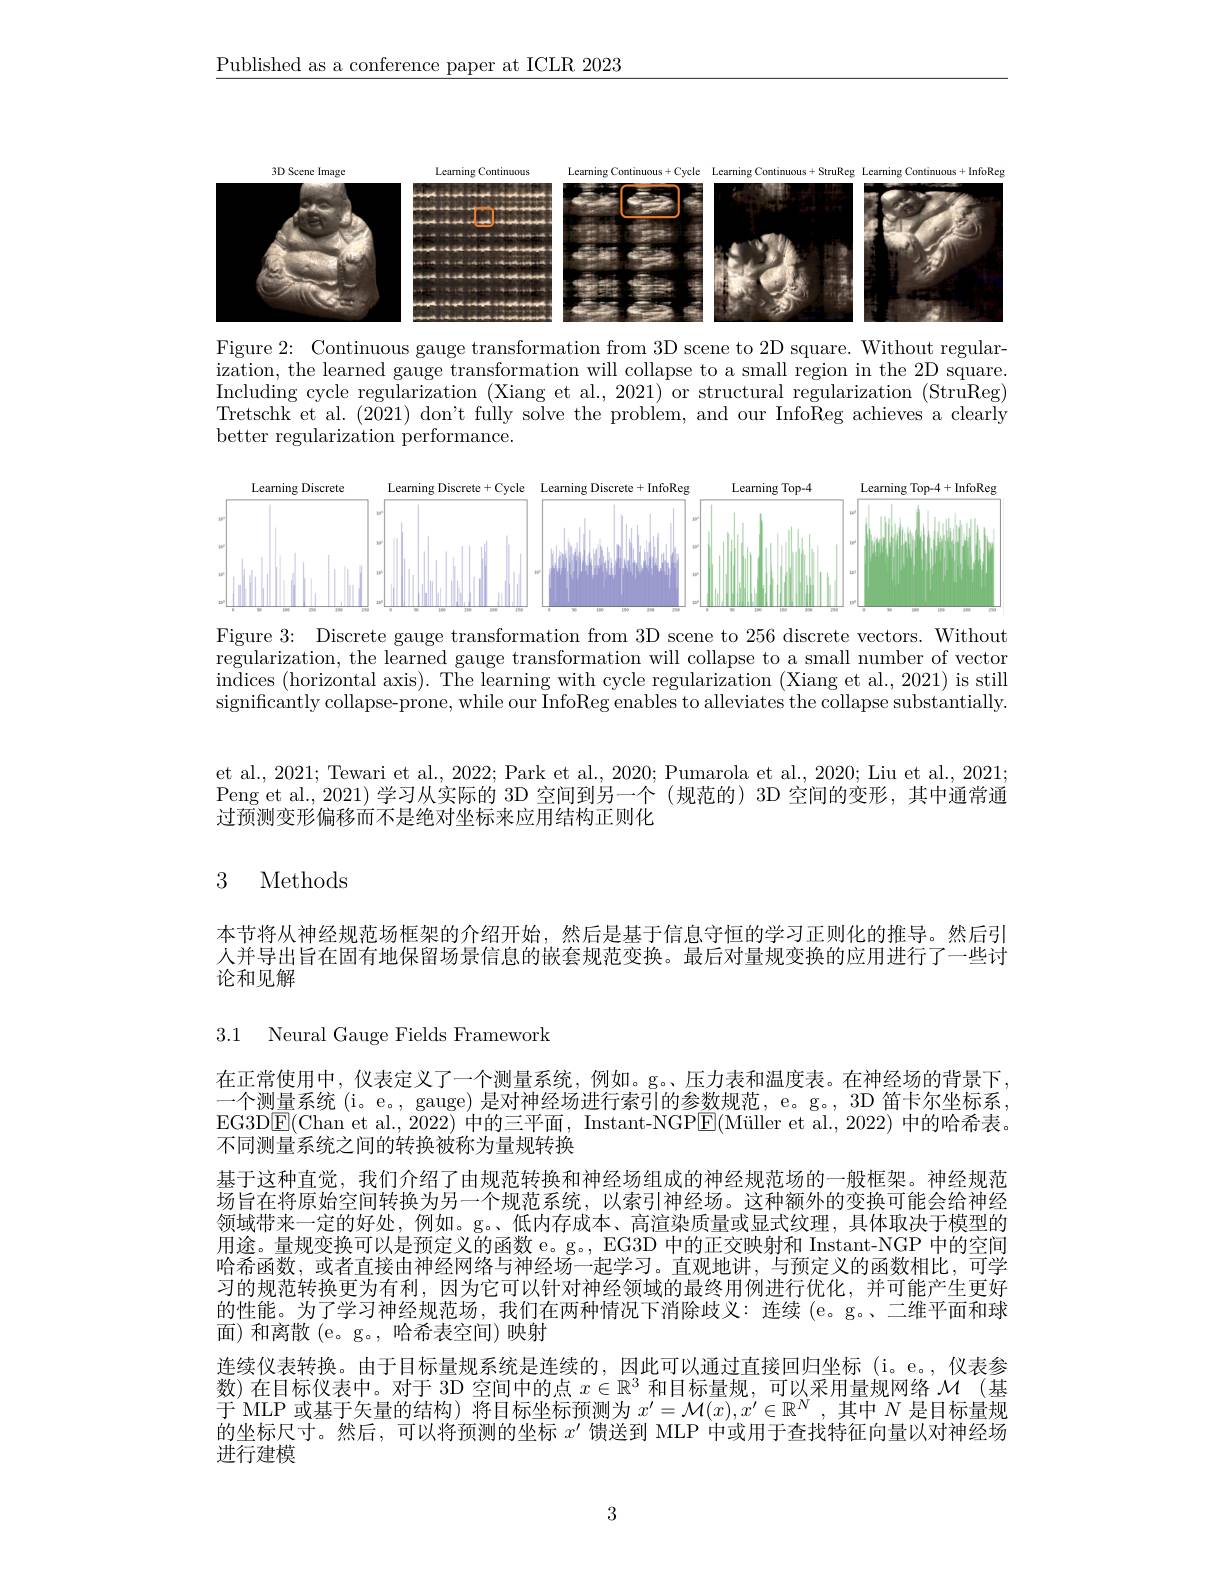
$\underline{\text{Published as a conference paper at ICLR 2023}}$

<FigureHere>

Figure 2: Continuous gauge transformation from 3D scene to 2D square. Without regularization, the learned gauge transformation will collapse to a small region in the 2D square. Including cycle regularization (Xiang et al., 2021) or structural regularization (StruReg) Tretschk et al. (2021) don't fuilly solve the problem, and our InfoReg achieves a clearly better regularization performance.

<FigureHere>
Figure 3: Discrete gauge transformation from 3D scene to 256 discrete vectors. Without

regularization, the learned gauge transformation will collapse to a small number of vector indices (horizontal axis). The learning with cycle regularization (Xiang et al., 2021) is still significantly collapse-prone, while our InfoReg enables to alleviates the collapse substantially.

et al., 2021; Tewari et al., 2022; Park et al., 2020; Pumarola et al., 2020; Liu et al., 2021; Peng et al., 2021) 学习从实际的 3D 空间到另一个 (规范的) 3D 空间的变形，其中通常通过预测变形偏移而不是绝对坐标来应用结构正则化

## 3 Methods

本节将从神经规范场框架的介绍开始，然后是基于信息守恒的学习正则化的推导。然后引人并导出旨在固有地保留场景信息的嵌套规范变换。最后对量规变换的应用进行了一些讨论和见解

3.1 Neural Gauge Fields Framework

在正常使用中，仪表定义了一个测量系统，例如。g。、压力表和温度表。在神经场的背景下， 一个测量系统(i。e。, gauge) 是对神经场进行索引的参数规范，e。g。, 3D 笛卡尔坐标系， EG3DE(Chan et al., 2022) 中的三平面，Instant-NGPE(Müller et al., 2022) 中的哈希表。不同测量系统之间的转换被称为量规转换
基于这种直觉，我们介绍了由规范转换和神经场组成的神经规范场的一般框架。神经规范场旨在将原始空间转换为另一个规范系统，以索引神经场。这种额外的变换可能会给神经领域带来一定的好处，例如。g。、低内存成本、高渲染质量或显式纹理，具体取决于模型的用途。量规变换可以是预定义的函数 e。g。, EG3D 中的正交映射和 Instant-NGP 中的空间哈希函数，或者直接由神经网络与神经场一起学习。直观地讲，与预定义的函数相比，可学习的规范转换更为有利，因为它可以针对神经领域的最终用例进行优化，并可能产生更好的性能。为了学习神经规范场，我们在两种情况下消除歧义：连续(e。g。、二维平面和球面)和离散(e。g。,哈希表空间)映射
连续仪表转换。由于目标量规系统是连续的，因此可以通过直接回归坐标 (i。e。,仪表参数)在目标仪表中。对于 3D 空间中的点$x\in\mathbb{R}^3$和目标量规，可以采用量规网络$\mathcal{M}$ (基于 MLP 或基于矢量的结构) 将目标坐标预测为$x^\prime=\mathcal{M}(x),x^{\prime}\in\mathbb{R}^N$ ,其中$N$是目标量规的坐标尺寸。然后，可以将预测的坐标$x^{\prime}$馈送到 MLP 中或用于查找特征向量以对神经场进行建模

3